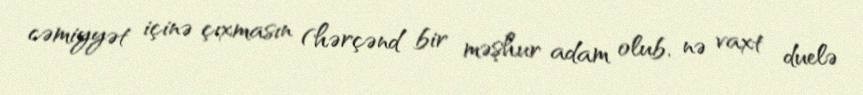
cəmiyyət içinə çıxmasın (hərçənd bir məşhur adam olub, nə vaxt duelə